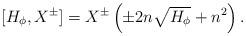
LaTeX: \begin{align*} [H_{\phi}, X^{\pm}] = X^{\pm} \left(\pm 2n \sqrt{H_{\phi}} + n^2\right). \end{align*}